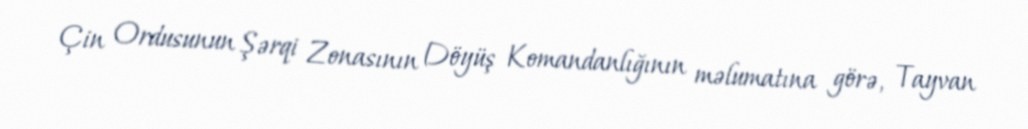
Çin Ordusunun Şərqi Zonasının Döyüş Komandanlığının məlumatına görə, Tayvan